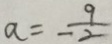
a = \frac { 9 } { - 2 }